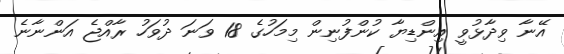
އޭނާ ވިދާޅުވީ އިންޑިޔާ ކުންފުނިން މިމަހުގެ 18 ވަނަ ދުވަހު ރާއްޖެ އަންނާނެ